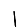
Digit: 1